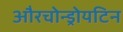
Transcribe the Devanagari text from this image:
औरचोन्ड्रोयटिन